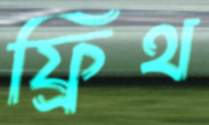
ফ্রিথ